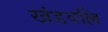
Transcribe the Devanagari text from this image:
खंडवल्लि